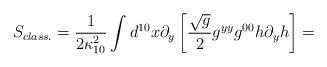
LaTeX: \begin{align*}S_{class.}= \frac{1}{2 \kappa_{10}^{2}} \int d^{10} x \partial_{y}\left[\frac{\sqrt{g}}{2} g^{yy} g^{00} h \partial_{y} h \right]=\end{align*}